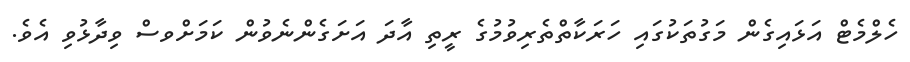
ހެލްމެޓް އަޅައިގެން މަގުތަކުގައި ހަރަކާތްތެރިވުމުގެ ރީތި އާދަ އަށަގެންނެވުން ކަމަށްވސް ވިދާޅުވި އެވެ.